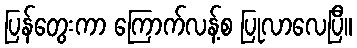
ပြန်တွေးကာ ကြောက်လန့်စ ပြုလာလေပြီ။